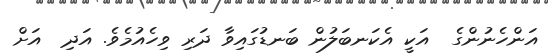
އަންހެނުންގެ  އަކީ އެކަނބަލުން ބަނޑުގައިވާ ދަރި ވިހެއުމެވެ. އަދި  އަށް